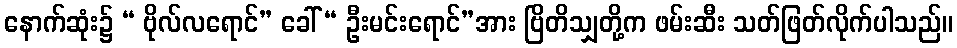
နောက်ဆုံး၌ “ ဗိုလ်လရောင်” ခေါ် “ ဦးမင်းရောင်”အား ဗြိတိသျှတို့က ဖမ်းဆီး သတ်ဖြတ်လိုက်ပါသည်။